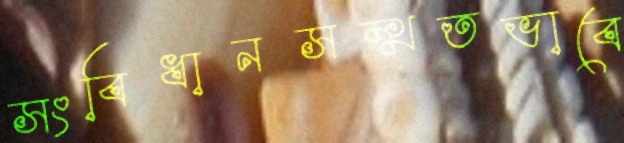
সংবিধানসম্মতভাবে